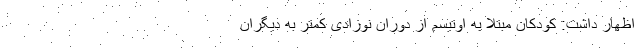
اظهار داشت: کودکان مبتلا به اوتیسم از دوران نوزادی کمتر به دیگران